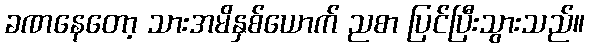
ခဏနေတော့ သားအမိနှစ်ယောက် ညစာ ပြင်ပြီးသွားသည်။